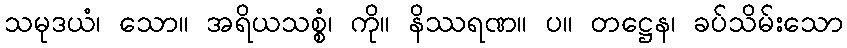
သမုဒယံ၊ သော။ အရိယသစ္စံ၊ ကို။ နိဿရဏ။ ပ။ တဋ္ဌေန၊ ခပ်သိမ်းသော